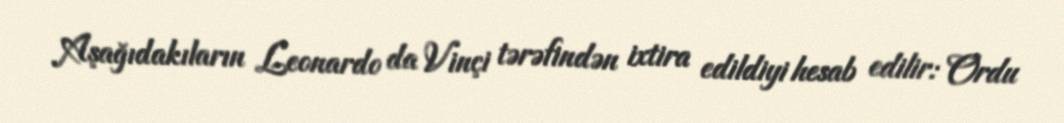
Aşağıdakıların Leonardo da Vinçi tərəfindən ixtira edildiyi hesab edilir: Ordu